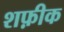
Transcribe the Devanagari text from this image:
शफ़ीक